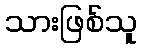
သားဖြစ်သူ